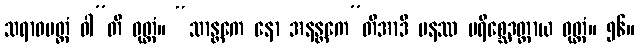
သရာဝမတ္တံ ဝါ”တိ ဝုတ္တံ။ “သာန္တကေ နော အနန္တကေ”တိအာဒိ ပနဿ ပရိစ္ဆေဒတ္ထာယ ဝုတ္တံ။ ၅၆။